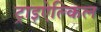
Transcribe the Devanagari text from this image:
ट्राइऐल्किल